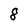
Character: 8